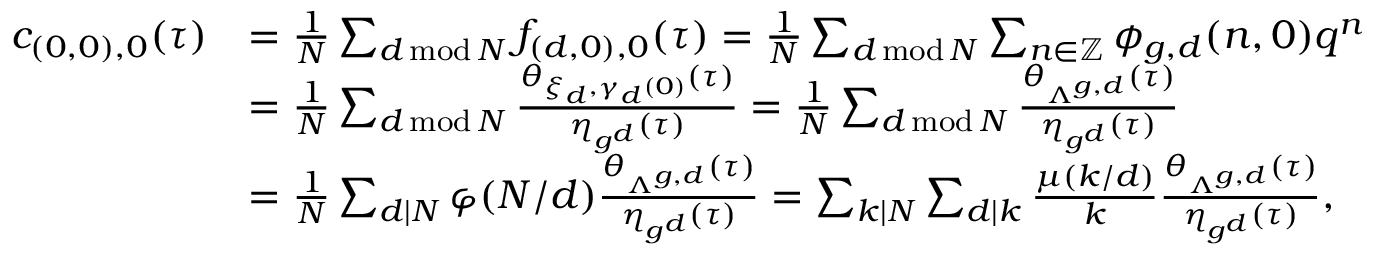
\begin{array} { r l } { c _ { ( 0 , 0 ) , 0 } ( \tau ) } & { = \frac { 1 } { N } \sum _ { d \operatorname { m o d } N } f _ { ( d , 0 ) , 0 } ( \tau ) = \frac { 1 } { N } \sum _ { d \operatorname { m o d } N } \sum _ { n \in \mathbb Z } \phi _ { g , d } ( n , 0 ) q ^ { n } } \\ & { = \frac { 1 } { N } \sum _ { d \operatorname { m o d } N } \frac { \theta _ { \xi _ { d } , \gamma _ { d } ( 0 ) } ( \tau ) } { \eta _ { g ^ { d } } ( \tau ) } = \frac { 1 } { N } \sum _ { d \operatorname { m o d } N } \frac { \theta _ { \Lambda ^ { g , d } } ( \tau ) } { \eta _ { g ^ { d } } ( \tau ) } } \\ & { = \frac { 1 } { N } \sum _ { d | N } \varphi ( N / d ) \frac { \theta _ { \Lambda ^ { g , d } } ( \tau ) } { \eta _ { g ^ { d } } ( \tau ) } = \sum _ { k | N } \sum _ { d | k } \frac { \mu ( k / d ) } { k } \frac { \theta _ { \Lambda ^ { g , d } } ( \tau ) } { \eta _ { g ^ { d } } ( \tau ) } , } \end{array}